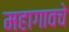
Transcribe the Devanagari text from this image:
महागावचे